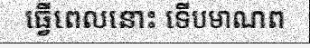
ធ្វើពេលនោះ ទើបមាណព